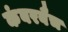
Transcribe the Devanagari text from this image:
कंबरबैच